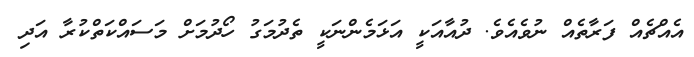
އެއްޗެއް ފަރާތެއް ނުވެއެވެ. ދުއާއަކީ އަޅަމެންނަކީ ތެދުމަގު ހޯދުމަށް މަސައްކަތްކުރާ އަދި